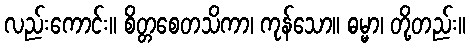
လည်းကောင်း။ စိတ္တစေတသိကာ၊ ကုန်သော။ ဓမ္မာ၊ တို့တည်း။